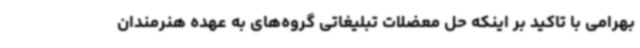
بهرامی با تاکید بر اینکه حل معضلات تبلیغاتی گروه‌های به عهده هنرمندان